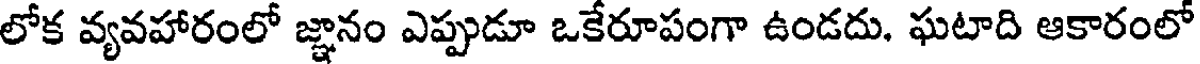
లోక వ్యవహారంలో జ్ఞానం ఎప్పుడూ ఒకేరూపంగా ఉండదు. ఘటాది ఆకారంలో